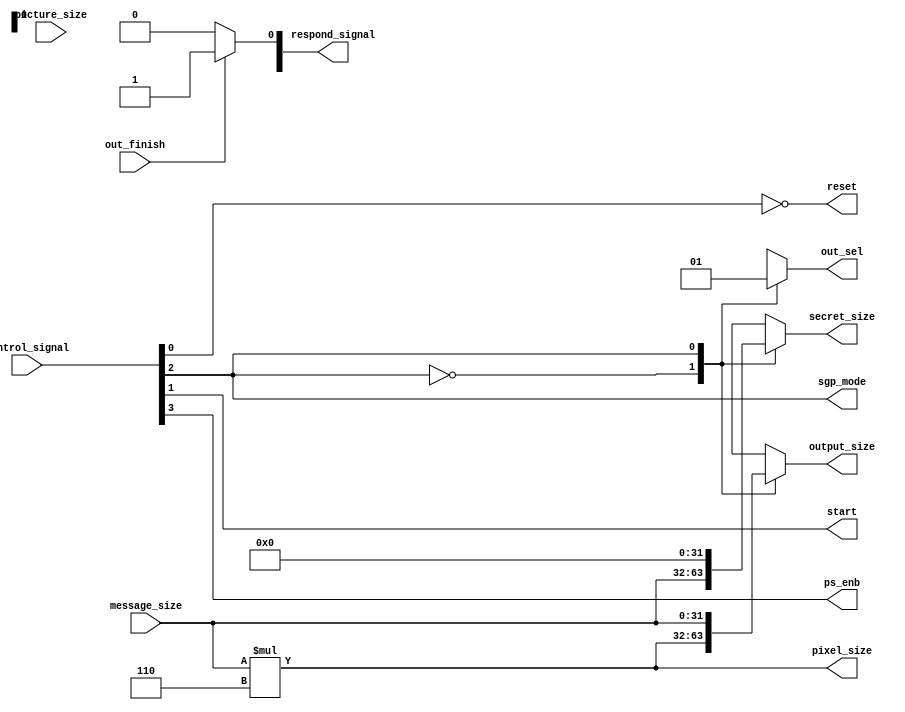
`timescale 1ns / 1ps

module control_unit
#(		
		parameter REG_WIDTH = 32
	)
	(
		// Register bank
		input [REG_WIDTH-1 : 0] control_signal,
		input [REG_WIDTH-1 : 0] picture_size,
		input [REG_WIDTH-1 : 0] message_size,
		output reg [REG_WIDTH-1 : 0] respond_signal,
		
		// Control signal
		input out_finish,
		output reset,
		output start,
		output sgp_mode,
		output ps_enb,
		output reg out_sel,
		output reg [REG_WIDTH-1 : 0] pixel_size,
		output reg [REG_WIDTH-1 : 0] secret_size,
		output reg [REG_WIDTH-1 : 0] output_size
	);
	
	/* NOTE
	// signal 0: reset
	// signal 1: start
	// signal 2: sgp mode
	// signal 3: ps_enb
	*/	
	assign reset = ~control_signal[0];
	assign start = control_signal[1];
	assign sgp_mode = control_signal[2];
	assign ps_enb = control_signal[3];
	
	always @(*) begin
		if (out_finish)
			respond_signal[0] <= 1;
		else
			respond_signal[0] <= 0;
	end
	
	always @(*) begin
	   case (sgp_mode)
	       1'b0: begin
	           pixel_size <= (message_size * 6);
	           secret_size <= message_size;
	           output_size <= (message_size * 6);
	           out_sel <= 1'b0;
	       end
	       1'b1: begin
	           pixel_size <= (message_size * 6);
	           secret_size <= 0;
	           output_size <= message_size;
	           out_sel <= 1'b1;
	       end
	   endcase
	end
endmodule